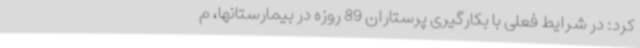
کرد: در شرایط فعلی با بکارگیری پرستاران 89 روزه در بیمارستانها، م